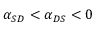
\alpha _ { S D } < \alpha _ { D S } < 0